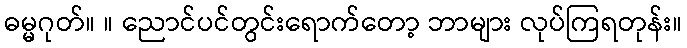
ဓမ္မဂုတ်။ ။ ညောင်ပင်တွင်းရောက်တော့ ဘာများ လုပ်ကြရတုန်း။